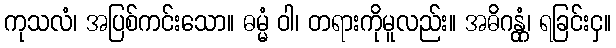
ကုသလံ၊ အပြစ်ကင်းသော။ ဓမ္မံ ဝါ၊ တရားကိုမူလည်း။ အဓိဂန္တုံ၊ ရခြင်းငှ။